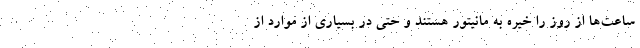
ساعت‌ها از روز را خیره به مانیتور هستند و حتی در بسیاری از موارد از